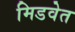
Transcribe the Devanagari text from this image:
मिडवेत